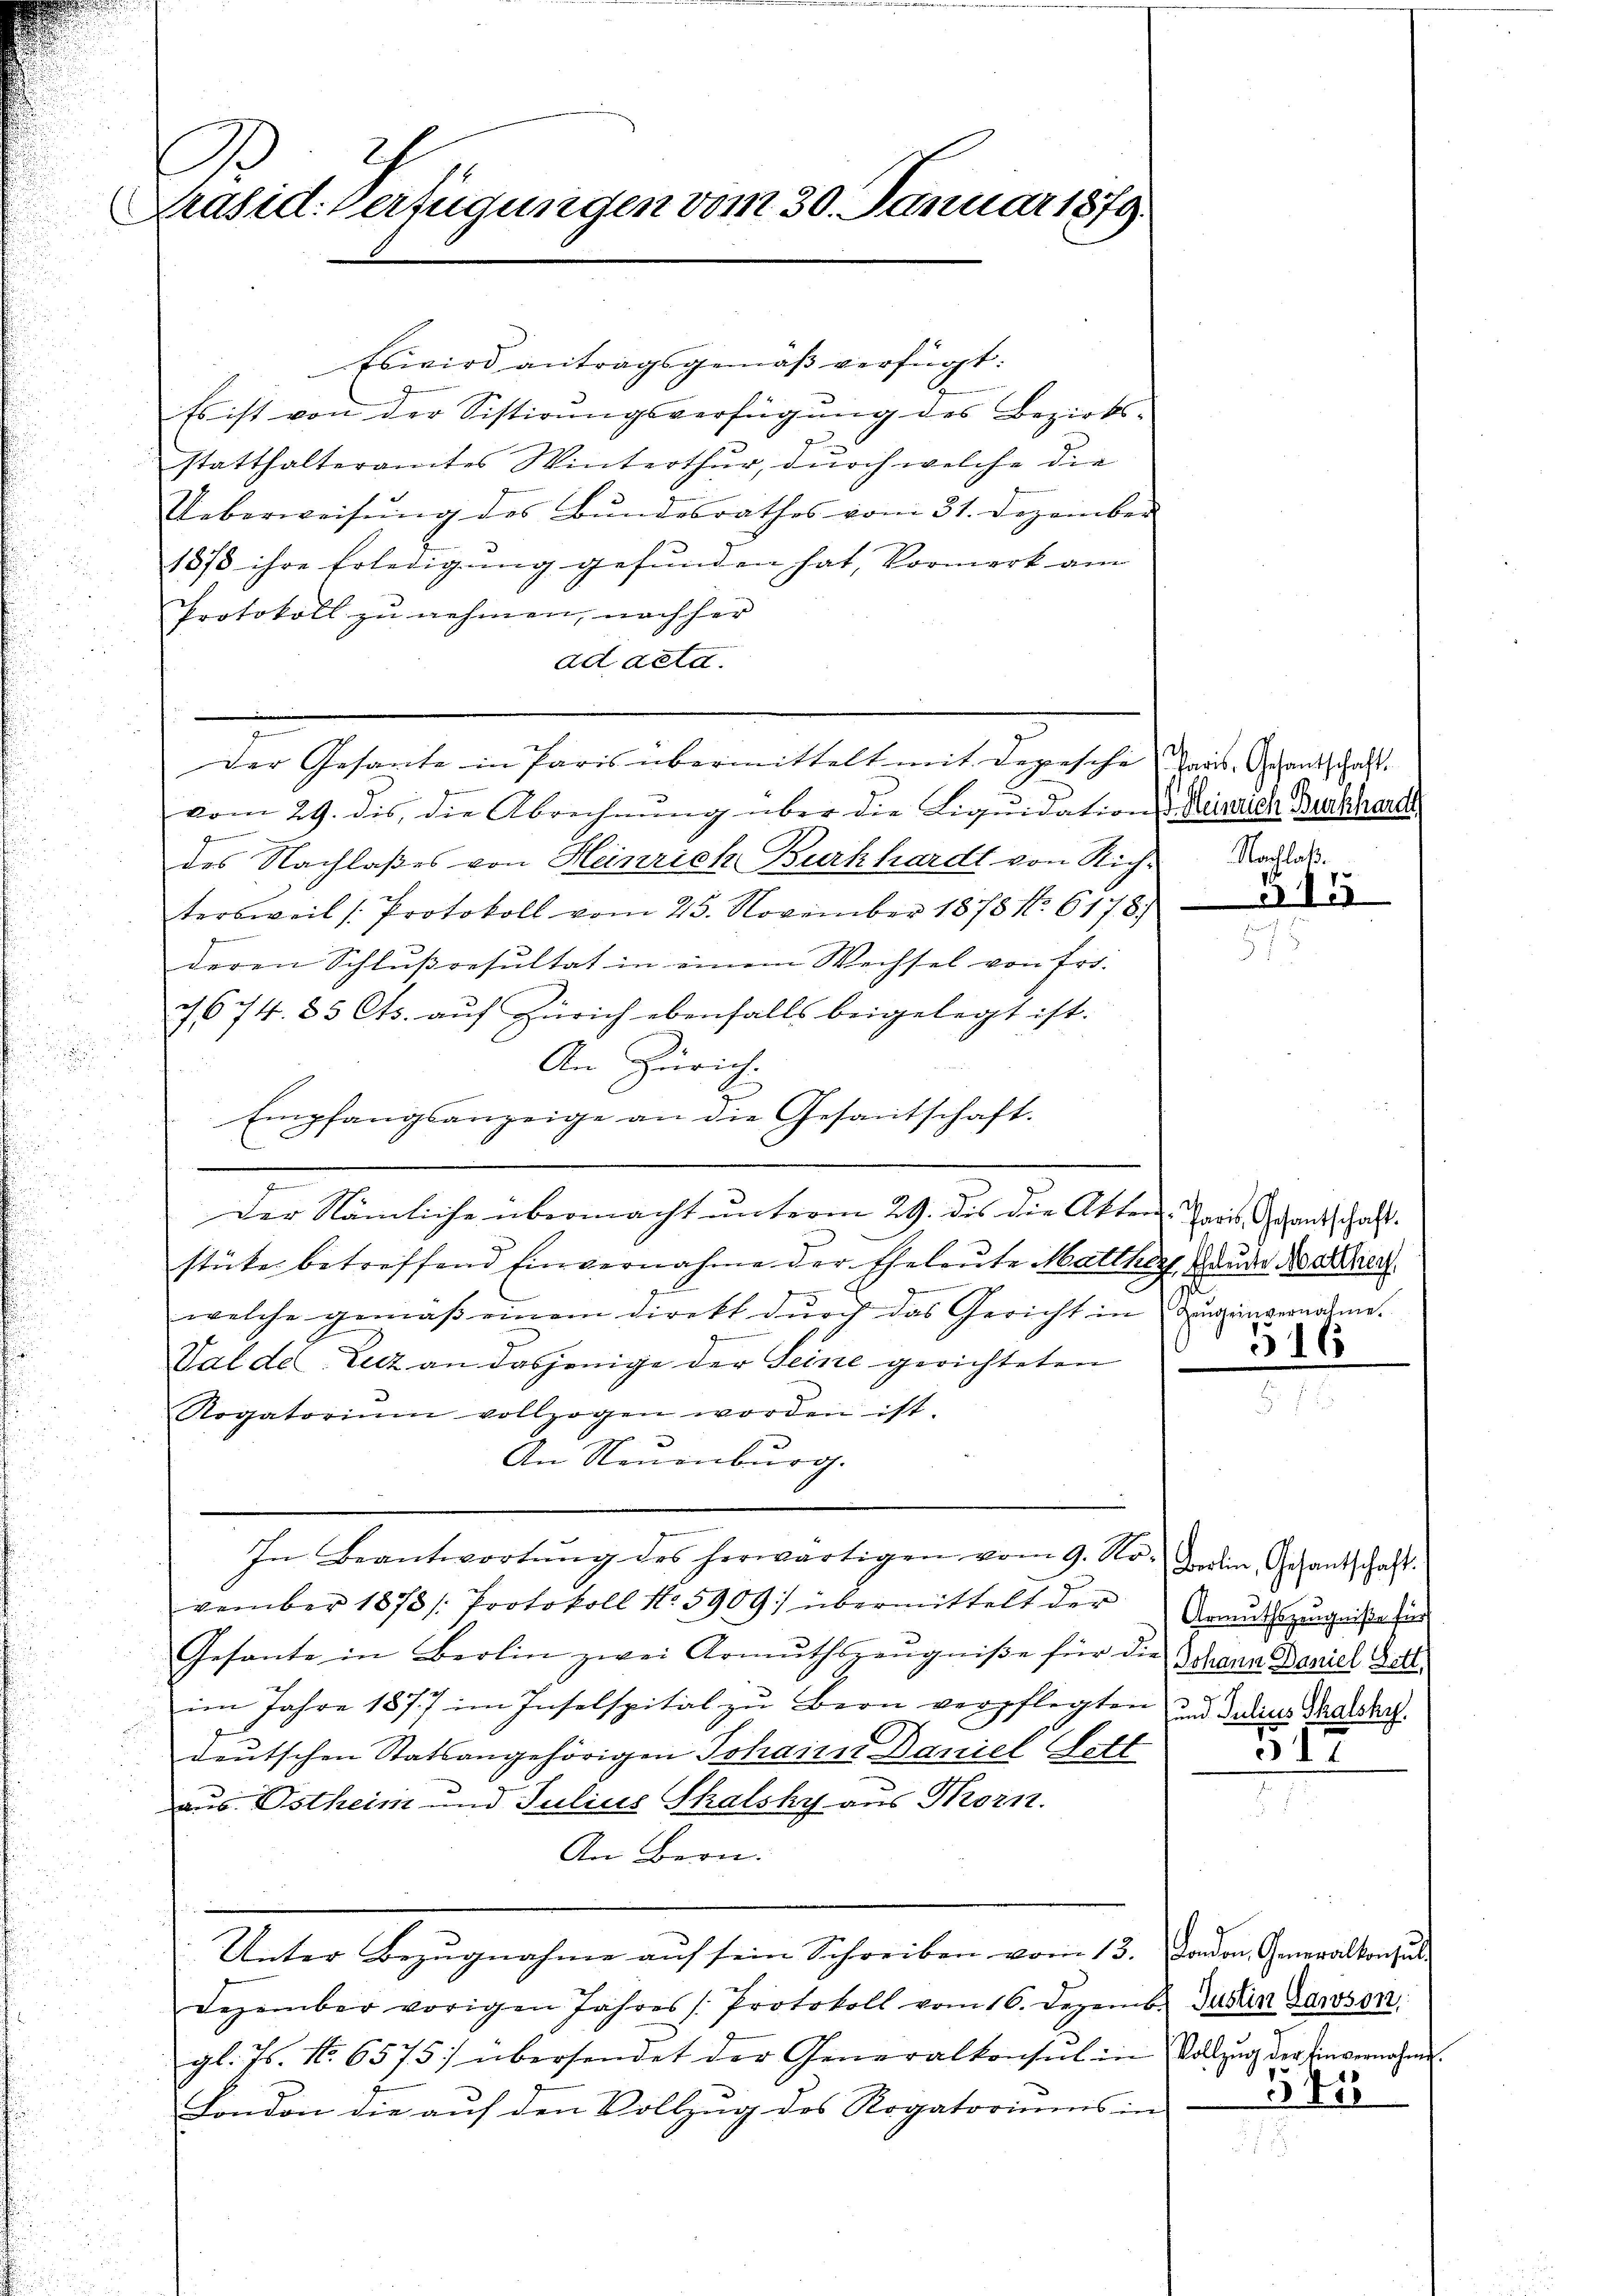
Es
Präsid. Verfügungen vom 30. Januar 1879.

Es wird antragsgemäß verfügt:
Es ist von der Sistirungsverfügung des Bezirks-
statthalteramtes Winterthur, durch welche die
Ueberweisŭng des Bundesrathes vom 31. Dezember
1878 ihre Erledigung gefunden hat, Vormerk am
Protokoll zu nehmen, nach her
ad acta.
nnemen
Der Gesante in Paris übermittelt mit Depesche Tauseentschaft
vom 29. des die Abrechnŭng über die Liqŭidation d Heinrich Burkhardt,
des Nachlaßes von Heinrich Burkhardt von Rich-Nachat
tersweil (Protokoll vom 25. November 1878 No. 6178.
deren Schlußresultat in einem Wechsel von Frs.
I 674. 85 Cts. aŭf Zürich ebenfalls beigelegt ist.
An Zürich.
Empfangsanzeige an die Gesantschaft.
l
.
Der Nämliche übermacht unterm 29. des die Akten Preis, Gesandtschaft.
stüke betreffend Einvernahme der Eheleute Matther ander Nachen
e
welche gemäβ einem direkt dŭrch das Gericht in Degenvernahme.
Val de Letz an dasjenige der Seine gerichteten
Rogatorium vollzogen worden ist.
An Neuenburg.
In Beantwortŭng des herwärtigen vom 9. No-
vember 1873 /: Protokoll No 5909. übermittelt der
Gesante in Berlin zwei Armuthszeŭgniβe für die Schann Daniel Gott
.
im Jahre 1877 im Inselspital zu Bern verpflegten und dadaus Saatskas
deutschen Statsangehörigen Johann Daniel Lott
aus Ostheim und Julius Thalsky aus Thorn.
An Bern.
Unter Bezugnahme auf sein Schreiben vom 13. Davon Generalkonsul
Dezember vorigen Jahres Protokoll vom 16. Dezemb. Justin Samson
gl. Js. No. 6575 übersendet der Generalkonsul in Vollzug der Einvernehmi¬
London die auf den Vollzug des Rogatoriums in

347

316

Berlin, Gesantschaft.
Armuthszeugniße für
17

547